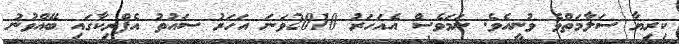
ކިރިޔާ ސަލާމަތްވެ ވުނީއެވެ. ނަމަވެސް އެއަހަރު 2010ވަނަ އަހަރު ސައުތު އެފްރިކާގައި ބޭއްވުނު